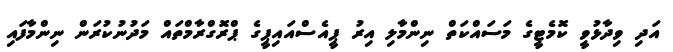
އަދި ވިދާޅުވީ ކޮމެޓީގެ މަސައްކަތް ނިންމާލި އިރު ޕީއެސްއައިޕީގެ ޕްރޮގްރާމްތައް މަދުނުކުރަން ނިންމާފައި